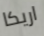
اريكا